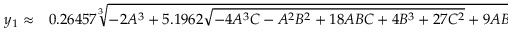
\begin{array} { r l } { y _ { 1 } \approx } & { { } 0 . 2 6 4 5 7 \sqrt [ 3 ] { - 2 A ^ { 3 } + 5 . 1 9 6 2 \sqrt { - 4 A ^ { 3 } C - A ^ { 2 } B ^ { 2 } + 1 8 A B C + 4 B ^ { 3 } + 2 7 C ^ { 2 } } + 9 A B + 2 7 C } } \end{array}